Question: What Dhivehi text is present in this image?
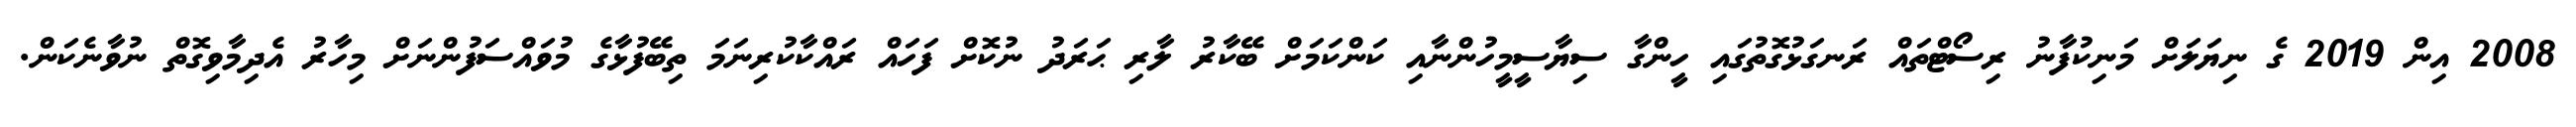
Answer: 2008 އިން 2019 ގެ ނިޔަލަށް މަނިކުފާނު ރިސޯޓްތައް ރަނގަޅުގޮތުގައި ހީންގާ ސިޔާސީމީހުންނާއި ކަންކަމަށް ބޭކާރު ލާރި ޙަރަދު ނުކޮށް ފަހައް ރައްކާކުރިނަމަ ތިބޭފުޅާގެ މުވައްސަފުންނަށް މިހާރު އެދިމާވިގޮތް ނުވާނެކަން.